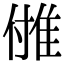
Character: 𨾪